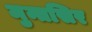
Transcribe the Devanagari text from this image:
मुन्तसिर